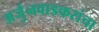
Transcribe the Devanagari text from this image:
अर्जुनवाडकरांचा